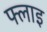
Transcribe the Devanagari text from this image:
फ्लाइ